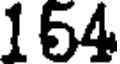
154